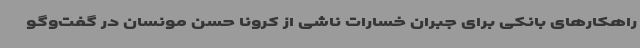
راهکارهای بانکی برای جبران خسارات ناشی از کرونا حسن مونسان در گفت‌وگو